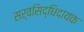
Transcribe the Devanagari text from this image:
सर्वसिद्धिदायक